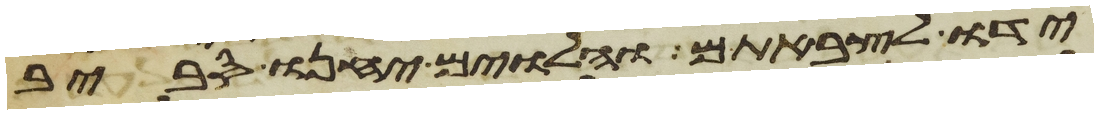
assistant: ידו לצבאתם והלוים יחנו סביב